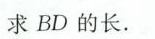
求BD的长.